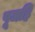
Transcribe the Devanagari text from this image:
पूजहि